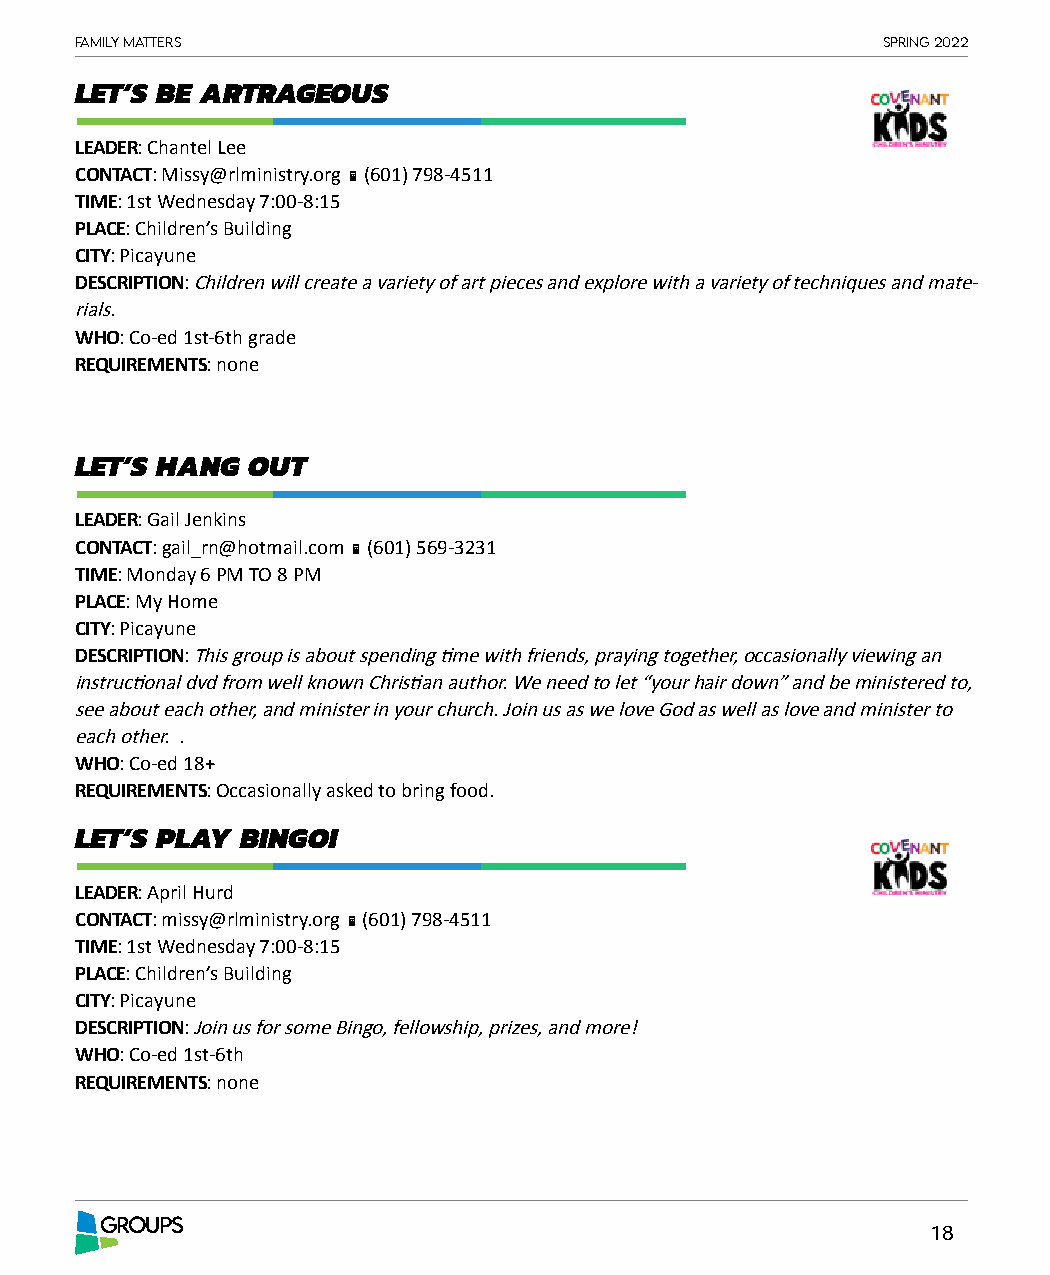
Family matters                                       spring 2022
 LET’S BE ARTRAGEOUS
 LEADER: Chantel Lee
 CONTACT: Missy@rlministry.org  (601) 798-4511
 TIME: 1st Wednesday 7:00-8:15
 PLACE: Children’s Building
 CITY: Picayune
 DESCRIPTION: Children will create a variety of art pieces and explore with a variety of techniques and mate-
 rials.
 WHO: Co-ed 1st-6th grade
 REQUIREMENTS: none
 LET’S HANG OUT
 LEADER: Gail Jenkins
 CONTACT: gail_rn@hotmail.com  (601) 569-3231
 TIME: Monday 6 PM TO 8 PM
 PLACE: My Home
 CITY: Picayune
 DESCRIPTION: This group is about spending time with friends, praying together, occasionally viewing an
 instructional dvd from well known Christian author. We need to let “your hair down” and be ministered to,
 see about each other, and minister in your church. Join us as we love God as well as love and minister to
 each other. .
 WHO: Co-ed 18+
 REQUIREMENTS: Occasionally asked to bring food.
 LET’S PLAY BINGO!
 LEADER: April Hurd
 CONTACT: missy@rlministry.org  (601) 798-4511
 TIME: 1st Wednesday 7:00-8:15
 PLACE: Children’s Building
 CITY: Picayune
 DESCRIPTION: Join us for some Bingo, fellowship, prizes, and more!
 WHO: Co-ed 1st-6th
 REQUIREMENTS: none
 GROUPS
 18